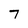
Character: 7